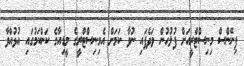
ފިނޭންސް މިނިސްޓްރީއަށް ފުލުހުން ވަދެފައި ނުވާ ކަމަށް އެމިނިސްޓްރީގެ މީޑިއާގެ ކަންކަމުގައި އުޅުއްވާ